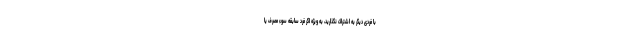
با فردی دیگر به اشتراک نگذارید، به ویژه اگر فرد سابقه سوء مصرف یا